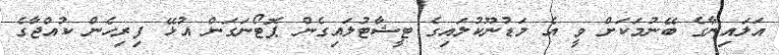
އަލައިނާގެ ބޭނުމަކަށް ވީ އެ މަޑުނޫކުލައިގެ ޓީޝާޓުލައިގެން ޕޮޓޯނަގަން އުޅޭ ފިރިހެން ކުއްޖާގެ